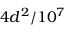
4 d ^ { 2 } / 1 0 ^ { 7 }